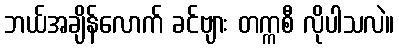
ဘယ်အချိန်လောက် ခင်ဗျား တက္ကစီ လိုပါသလဲ။